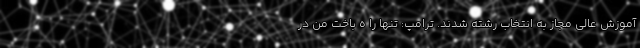
آموزش عالی مجاز به انتخاب رشته شدند. ترامپ: تنها را ه باخت من در